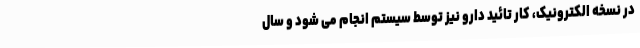
در نسخه الکترونیک، کار تائید دارو نیز توسط سیستم انجام می شود و سال